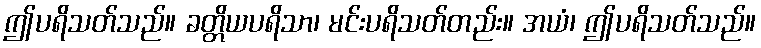
ဤပရိသတ်သည်။ ခတ္တိယပရိသာ၊ မင်းပရိသတ်တည်း။ အယံ၊ ဤပရိသတ်သည်။